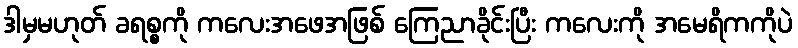
ဒါမှမဟုတ် ခရစ္စကို ကလေးအဖေအဖြစ် ကြေညာခိုင်းပြီး ကလေးကို အမေရိကကိုပဲ